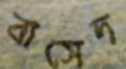
বাসেদ